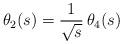
LaTeX: \begin{align*}\theta_2(s) = \frac{1}{\sqrt{s}} \, \theta_4(s)\end{align*}